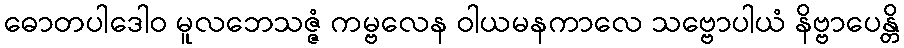
ဓောတပါဒေါဝ မူလဘေသဇ္ဇံ ကမ္ဗလေန ဝါယမနကာလေ သဗ္ဗောပါယံ နိဗ္ဗာပေန္တိ